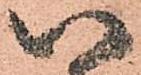
以